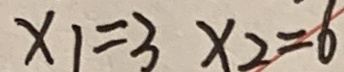
x _ { 1 } = 3 x _ { 2 } = 6